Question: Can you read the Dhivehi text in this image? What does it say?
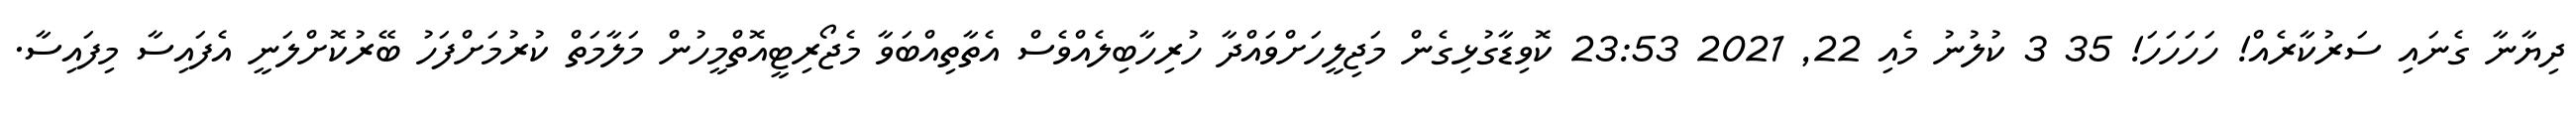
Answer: ދިޔާނާ ގެނައި ސަރުކާރެއް! ހަހަހަހަ! 35 3 ކުލުނު މެއި 22, 2021 23:53 ކޮވިޑާގުޅިގެން މަޖިލީހަށްވައްދާ ހުރިހާބިލެއްވެސް އެތާތިއްބަވާ މެޖޯރިޓީއޮތްމީހުން މަލާމަތް ކުރުމަށްފަހު ބޭރުކޮށްލަނީ އެފައިސާ މިފައިސާ.